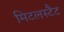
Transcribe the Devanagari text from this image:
मिटलस्टैट